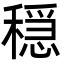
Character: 穏